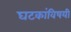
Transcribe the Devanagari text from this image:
घटकांविषयी